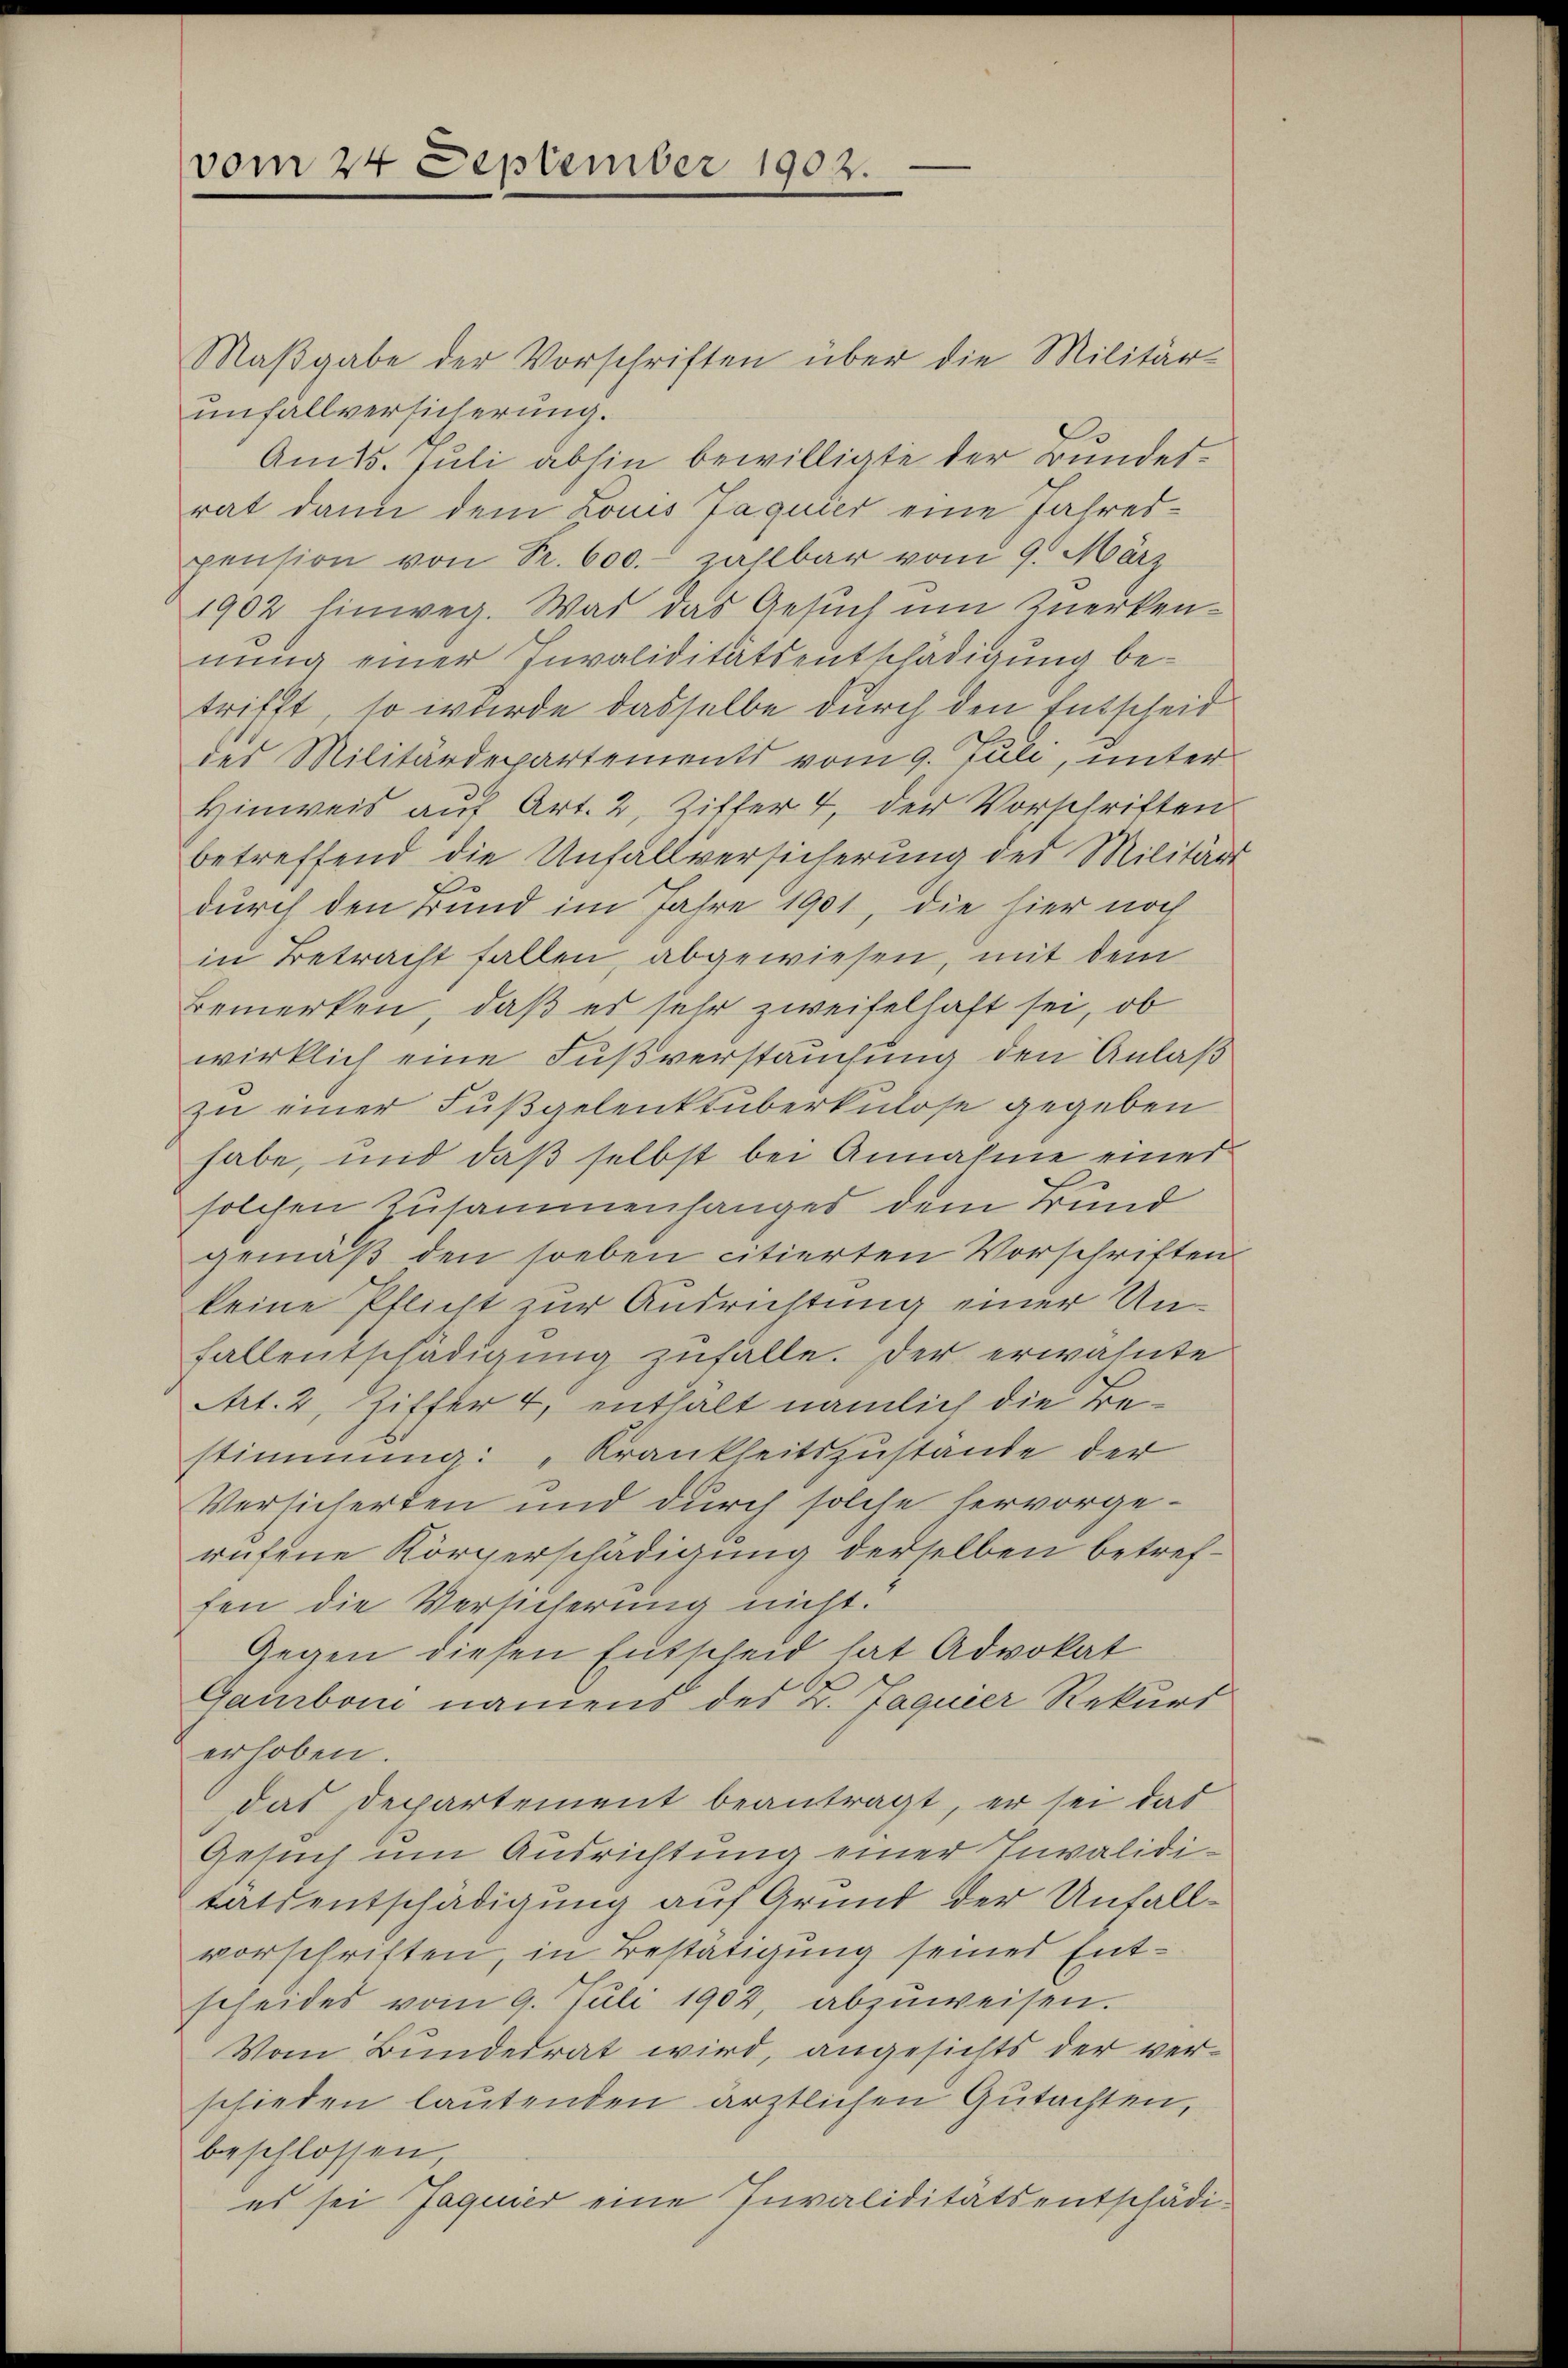
vom 24 September 1902.

Maβgabe der Vorschriften über die Militär-
unfallversicherung.
Am 15. Juli abhin bewilligte der Bundetrat dann dem Louis Jaquier eine Jahrespension von Pr. 600. zahlbar vom 9. März
1902 hinweg. Was das Gesuch um Kerkennung einer Invaliditätsentschädigung betrifft, so wurde dasselbe durch den Entscheid
des Militärdepartements vom 9. Juli, unter
Hinweis auf Art. 2, Ziffer 4, der Vorschriften
betreffend die Unfallversicherung der Militärs
durch den Bund im Jahre 1901, die hier noch
in Betracht fallen, abgewiesen, mit dem
Bemerken, daß es sehr zweifelhaft sei, ob
wirklich eine Fußverstauchung den Anlaß
zu einer Fußgelenktuberkulose gegeben
habe, und daß selbst bei Annahme einer
solchen Zusammenhanges dem Bund
gemäß den soeben citierten Vorschriften
keine Pflicht zur Ausrichtung einer Un¬
Fallentschädigung zufälle. Der erwähnte
Art. 2, Ziffer 4, enthält nämlich die Bestimmung: „Krankheitszustände der
Versicherten und durch solche hervorgerufene Körperschädigung derselben betreffen die Versicherung nicht.
Gegen diesen Entscheid hat Advokat
Gaurboni namens des K. Jaqueer Rekurs
erhoben.
das Departement beantragt, er sei das
Gesuch um Ausrichtung einer Invaliditatsentschädigung auf Grund der Unfallvorschriften, in Bestätigung seines Entscheides vom 9. Juli 1902, abzŭweisen.
Vom Bundesrat wird, angesichts der verschieden lautenden ärztlichen Gutachten,
beschlossen,
es sei Jaquier eine Invaliditätsentschädi¬